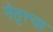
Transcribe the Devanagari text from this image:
नेतृत्त्वा